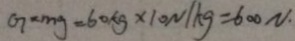
G = m g = 6 0 k g \times 1 0 N / k g = 6 0 0 N .